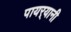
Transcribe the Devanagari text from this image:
पायर्‍यानी